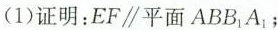
(1)证明：EF\parallel平面ABB_{1}A_{1}；